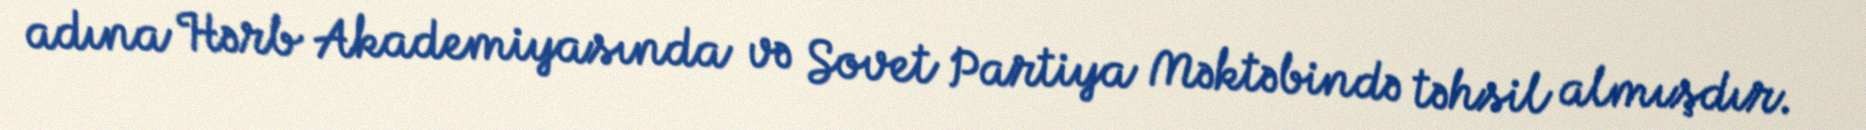
adına Hərb Akademiyasında və Sovet Partiya Məktəbində təhsil almışdır.